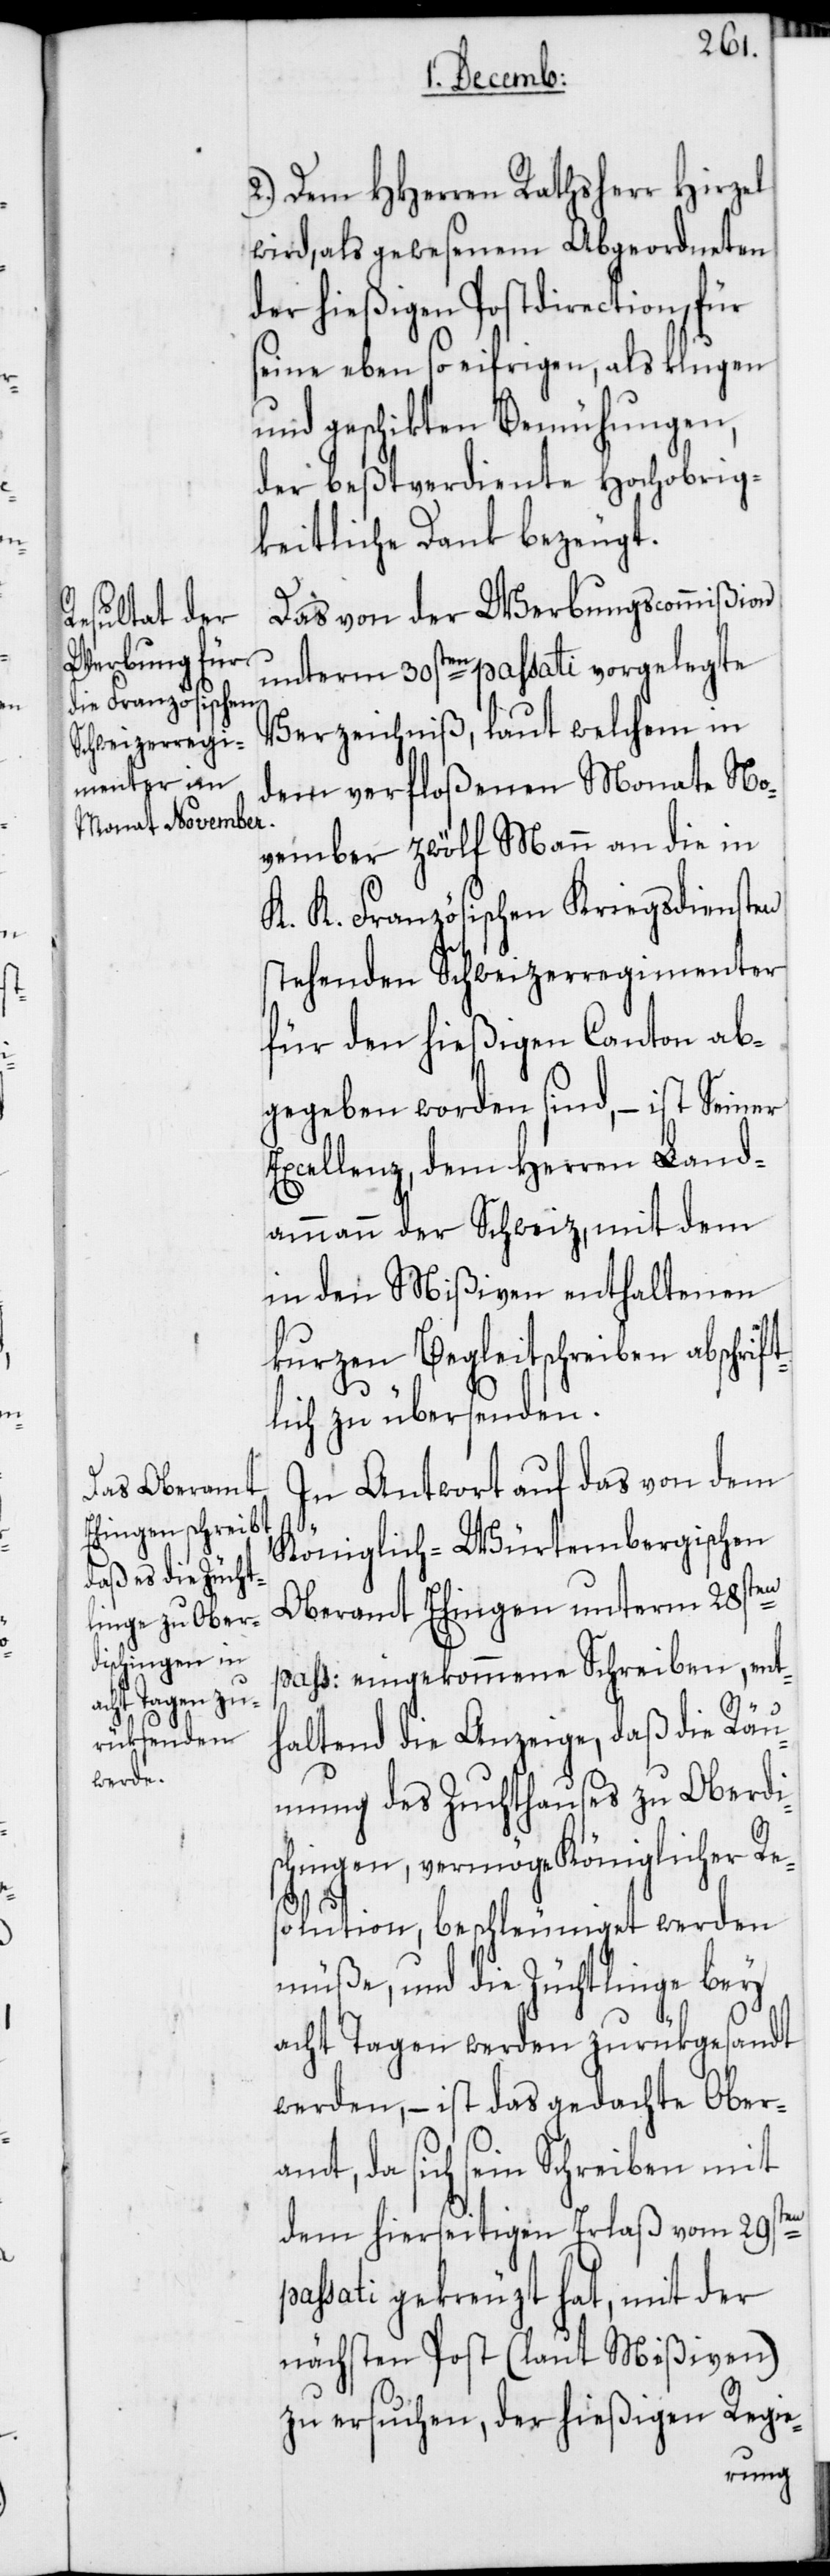
2.) Dem HHerren Rathsherr Hirzel
wird, als gewesenen Abgeordneten
der hießigen Postdirection, für
seine eben so eifrigen als klugen
und geschikten Bemühungen,
der beßtverdiente Hochobrig¬
keitliche Dank bezeugt.
Das von der Werbungscommißion
unterm 30sten passati vorgelegte
Verzeichniß, laut welchem in
dem verfloßenen Monate No¬
vember zwölf Mann an die in
K. K. Französischen Kriegsdiensten
stehenden Schweizerregimenter
für den hießigen Canton ab¬
gegeben worden sind, – ist Seiner
Excellenz, dem Herren Land¬
ammann der Schweiz, mit dem
in den Mißiven enthaltenen
kurzen Begleitschreiben abschrift¬
lich zu übersenden.
In Antwort auf das von dem
Königlich-Würtembergischen
Oberamt Ehingen unterm 28sten
pass: eingekommene Schreiben, ent¬
haltend die Anzeige, daß die Räu¬
mung des Zuchthauses zu Oberdi¬
schingen, vermöge Königlicher Re¬
solution, beschleuniget werden
müße, und die Züchtlinge bey
acht Tagen werden zurükgesandt
werden, – ist das gedachte Ober¬
amt, da sich sein Schreiben mit
dem hierseitigen Erlaß vom 29sten
passati gekreuzt hat, mit der
nächsten Post (laut Mißiven)
zu ersuchen, der hießigen Regie-